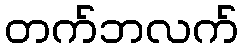
တက်ဘလက်